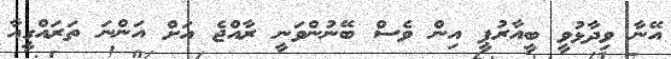
އޭނާ ވިދާޅުވީ ބީއާރުޕީ އިން ވެސް ބޭނުންވަނީ ރާއްޖެ އަށް އަންނަ ތަރައްގީއާ